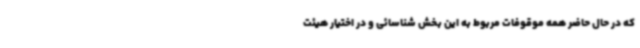
که در حال حاضر همه موقوفات مربوط به این بخش شناسائی و در اختیار هیئت